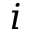
i